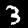
Label: 3